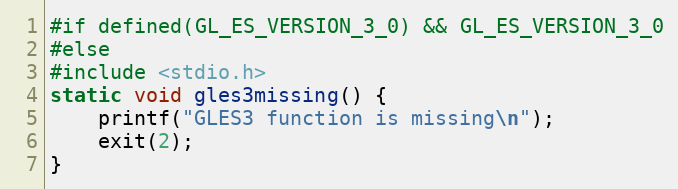
Language: C
#if defined(GL_ES_VERSION_3_0) && GL_ES_VERSION_3_0
#else
#include <stdio.h>
static void gles3missing() {
	printf("GLES3 function is missing\n");
	exit(2);
}